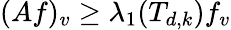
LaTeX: (Af)_{v}\geq\lambda_{1}(T_{d,k})f_{v}